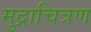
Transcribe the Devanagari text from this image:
मुद्राचित्रण